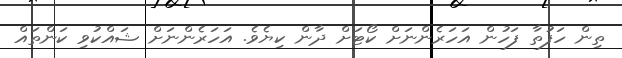
ތިން ހަފުތާ ފަހުން އަހަރެންނަށް ކޯޓަށް ދާން ކިޔެވެ. އަހަރެންނަށް ޝައްކުވި ކަންތައް